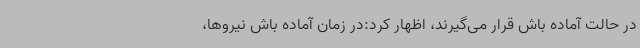
در حالت آماده باش قرار می‌گیرند، اظهار کرد:در زمان آماده باش نیروها،